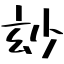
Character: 玅